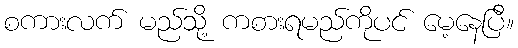
စကားလက် မည်သို့ ကစားရမည်ကိုပင် မေ့နေပြီ။